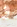
و